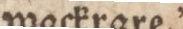
wackrare.”